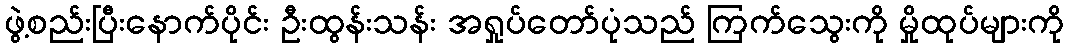
ဖွဲ့စည်းပြီးနောက်ပိုင်း ဦးထွန်းသန်း အရှုပ်တော်ပုံသည် ကြက်သွေးကို မှိုထုပ်များကို